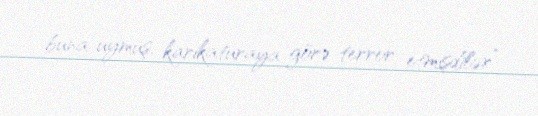
buna uymuş, karikaturaya görə terror etmişdilər”.